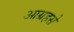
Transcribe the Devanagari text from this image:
आग्रहसे